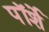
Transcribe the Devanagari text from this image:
पॉर्शे